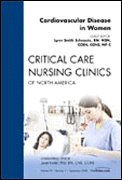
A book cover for Cardiovascular Disease in Women, An Issue of Critical Care Nursing Clinics, 1e (The Clinics: Nursing); Lynn Schnautz; Medical Books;